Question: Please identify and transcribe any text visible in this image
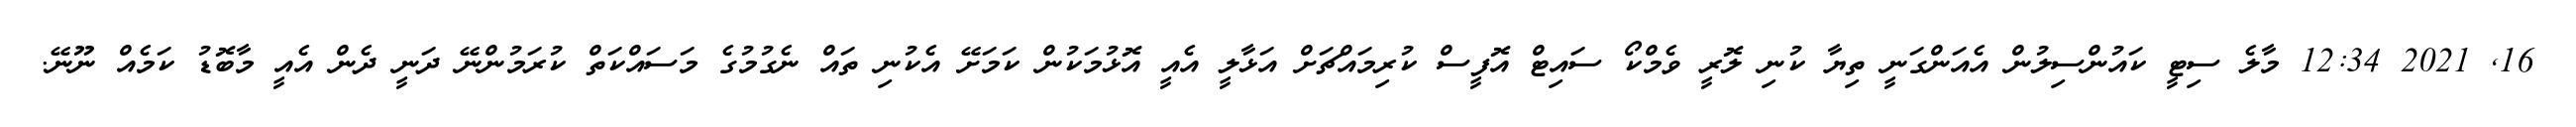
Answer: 16, 2021 12:34 މާލެ ސިޓީ ކައުންސިލުން އެއަންގަނީ ތިޔާ ކުނި ލޮރީ ވެމްކޯ ސައިޓް އޮފީސް ކުރިމައްޗަށް އަޅާލީ އެއީ އޮޅުމަކުން ކަމަށޭ އެކުނި ތައް ނެގުމުގެ މަސައްކަތް ކުރަމުންނޭ ދަނީ ދެން އެއީ މާބޮޑު ކަމެއް ނޫނޭ.